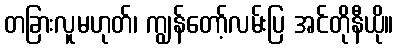
တခြားလူမဟုတ်၊ ကျွန်တော့်လမ်းပြ အင်တိုနီယို။